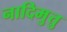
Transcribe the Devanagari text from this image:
नादिमुत्तु